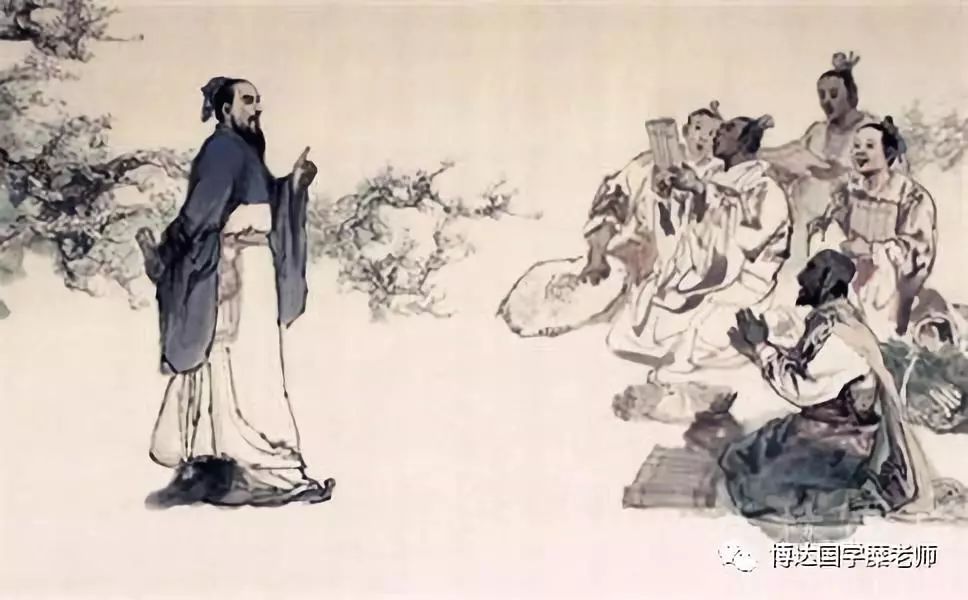
学而不厌，诲人不倦。